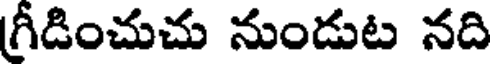
గ్రీడించుచు నుండుట నది